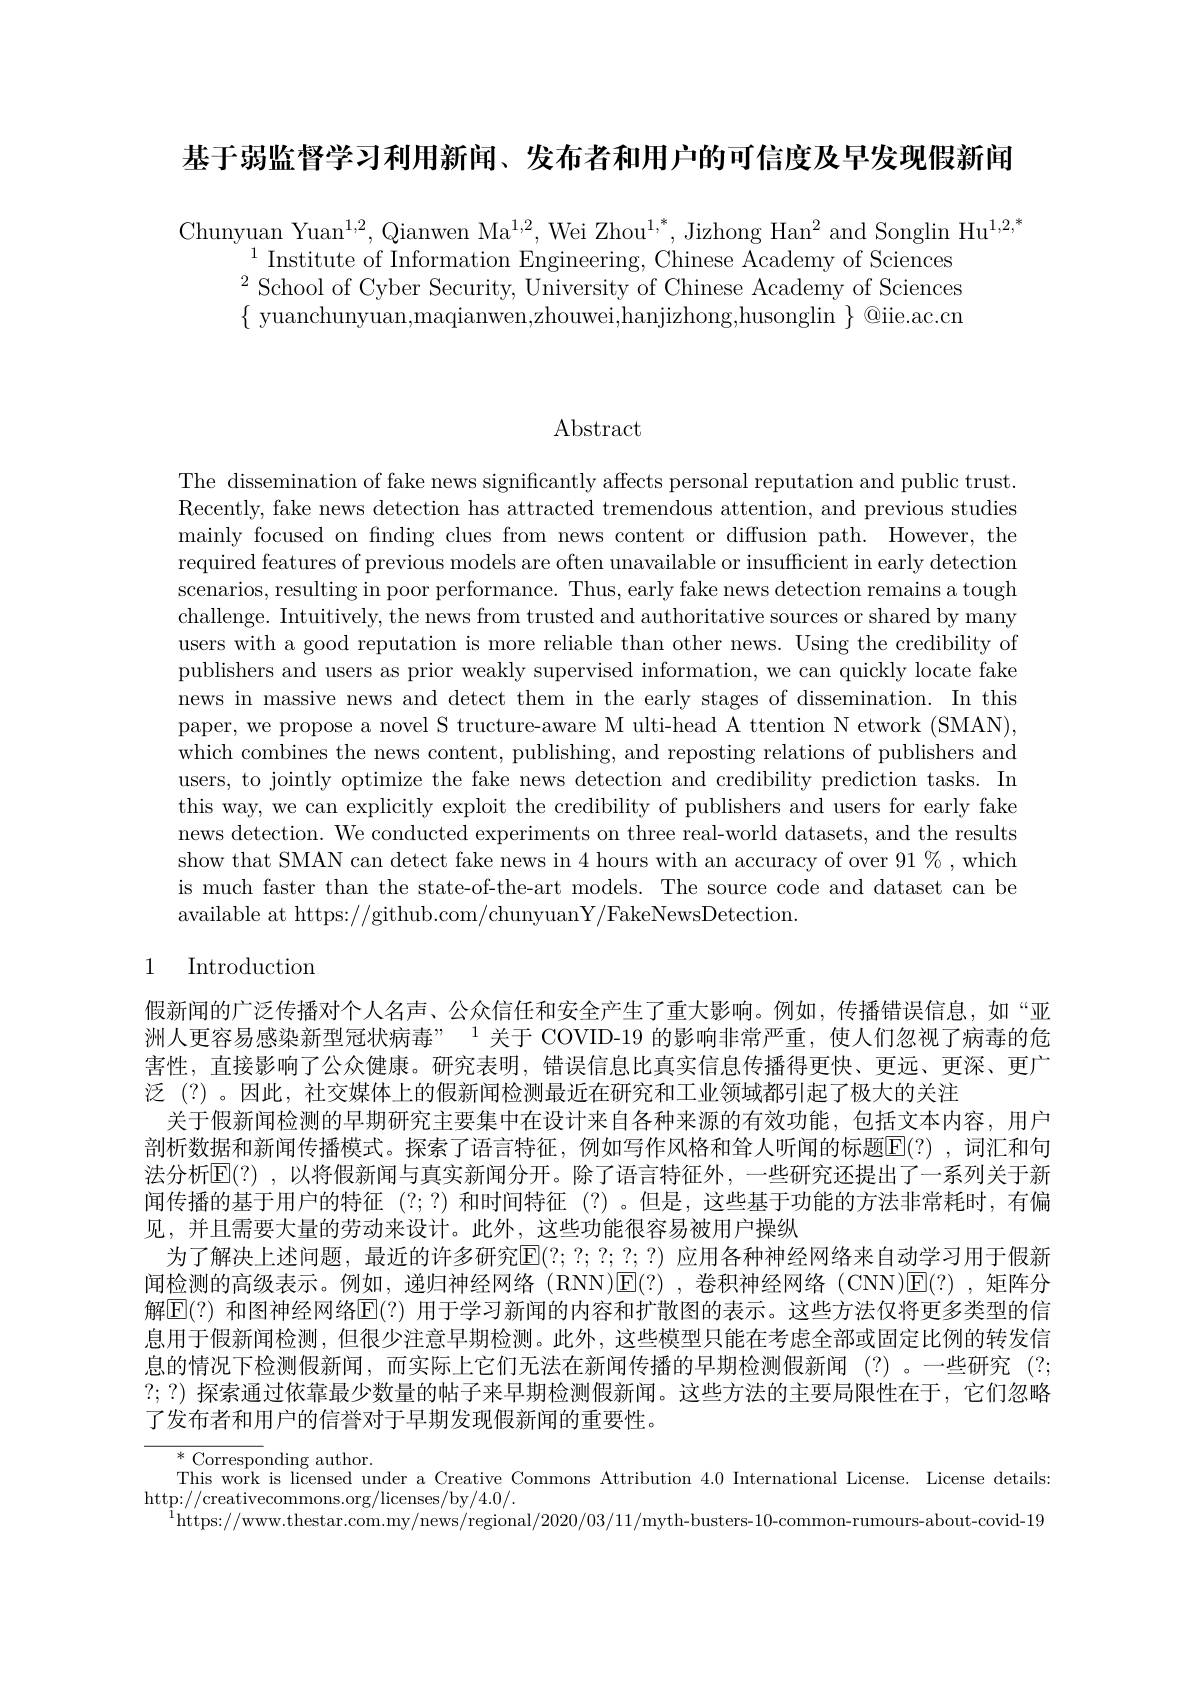
基于弱监督学习利用新闻、发布者和用户的可信度及早发现假新闻

Chunyuan Yuan$^1,2$,Qianwen Ma$^{1,2}$,Wei Zhou$^1,*$,Jizhong Han$^2$and Songlin Hu$^1,2,*$
$^{1}$ Institute of Information Engineering, Chinese Academy of Sciences $^{2}$School of Cyber Security, University of Chinese Academy of Sciences $\{$ yuanchunyuan,maqianwen,zhouwei,hanjizhong,husonglin $\}$@iie.ac.cn

$\operatorname{Abstract}$

The dissemination of fake news significantly affects personal reputation and public trust. Recently, fake news detection has attracted tremendous attention, and previous studies mainly focused on finding clues from news content or diffusion path. However, the required features of previous models are often unavailable or insufficient in early detection scenarios, resulting in poor performance. Thus, early fake news detection remains a tough challenge. Intuitively, the news from trusted and authoritative sources or shared by many users with a good reputation is more reliable than other news. Using the credibility of publishers and users as prior weakly supervised information, we can quickly locate fake news in massive news and detect them in the early stages of dissemination. In this paper, we propose a novel S tructure-aware M ulti-head A ttention N etwork (SMAN), which combines the news content, publishing, and reposting relations of publishers and users, to jointly optimize the fake news detection and credibility prediction tasks. In this way, we can explicitly exploit the credibility of publishers and users for early fake news detection. We conducted experiments on three real-world datasets, and the results show that SMAN can detect fake news in 4 hours with an accuracy of over 91%, which is much faster than the state-of-the-art models. The source code and dataset can be available at https://github.com/chunyuanY/FakeNewsDetection.

# 1 Introduction

假新闻的广泛传播对个人名声、公众信任和安全产生了重大影响。例如，传播错误信息，如“亚洲人更容易感染新型冠状病毒” $^{1}$关于 COVID-19 的影响非常严重，使人们忽视了病毒的危害性，直接影响了公众健康。研究表明，错误信息比真实信息传播得更快、更远、更深、更广泛 (?)。因此，社交媒体上的假新闻检测最近在研究和工业领域都引起了极大的关注
关于假新闻检测的早期研究主要集中在设计来自各种来源的有效功能，包括文本内容，用户剖析数据和新闻传播模式。探索了语言特征，例如写作风格和耸人听闻的标题E(?),词汇和句法分析El(?),以将假新闻与真实新闻分开。除了语言特征外，一些研究还提出了一系列关于新闻传播的基于用户的特征 (?;?)和时间特征 (?)。但是，这些基于功能的方法非常耗时，有偏见，并且需要大量的劳动来设计。此外，这些功能很容易被用户操纵
为了解决上述问题，最近的许多研究$\mathbb{E}(?;?;?;?;?)$ 应用各种神经网络来自动学习用于假新闻检测的高级表示。例如，递归神经网络(RNN)E(?) ,卷积神经网络(CNN)☑(?),矩阵分解$\overline{\mathbb{E}}(?)$ 和图神经网络$\overline{\mathbb{E}}(?)$ 用于学习新闻的内容和扩散图的表示。这些方法仅将更多类型的信息用于假新闻检测，但很少注意早期检测。此外，这些模型只能在考虑全部或固定比例的转发信息的情况下检测假新闻，而实际上它们无法在新闻传播的早期检测假新闻(?)。一些研究(?; ?;?) 探索通过依靠最少数量的帖子来早期检测假新闻。这些方法的主要局限性在于，它们忽略了发布者和用户的信誉对于早期发现假新闻的重要性。

${}^{*}{\mathrm{~Corresponding~author.}}$
This work is licensed under a Creative Commons Attribution 4.0 International License. License details:
http: / / creativecommons. org/ licenses/ by/ 4. 0/ .
$^{1}$https://www.thestar.com.my/news/regional/2020/03/11/myth-busters-10-common-rumours-about-covid-19